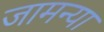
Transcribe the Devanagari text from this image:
जामन्या